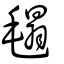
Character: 㲩